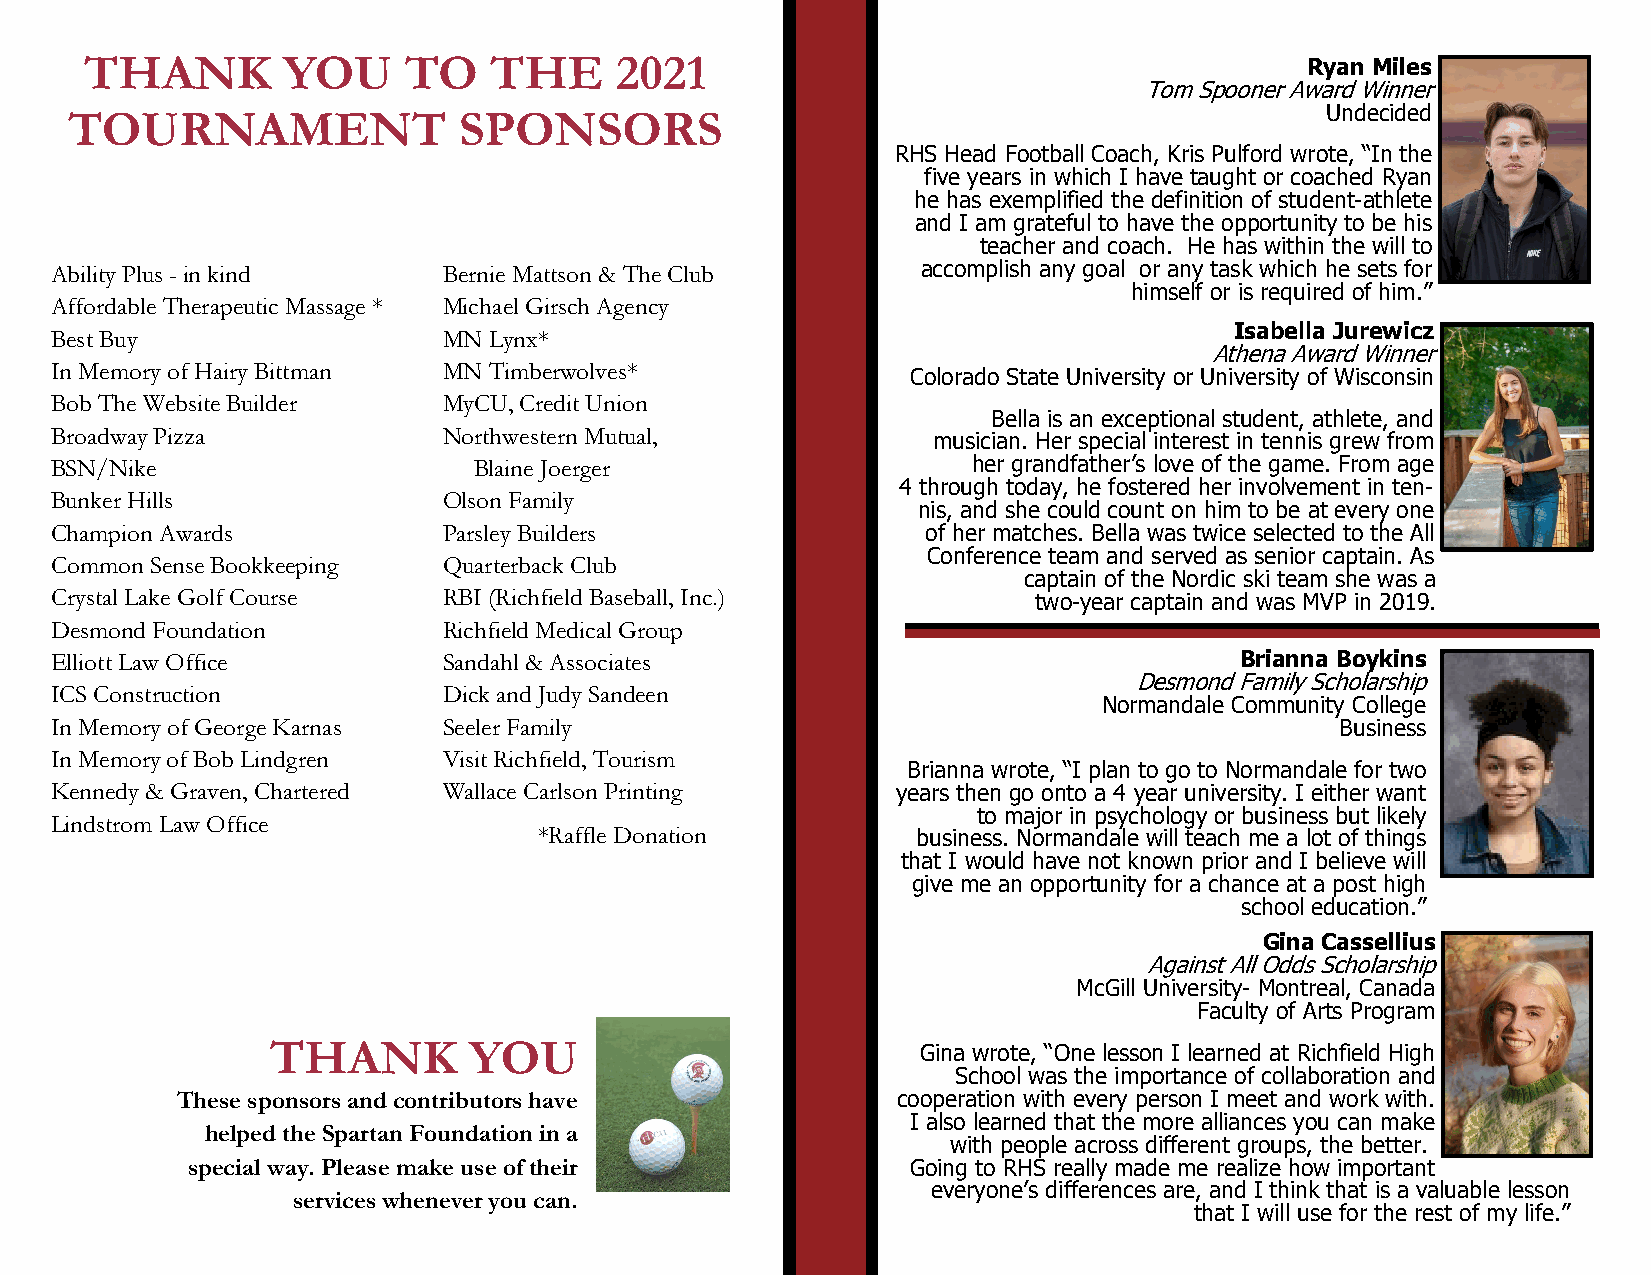
THANK        YOU     TO   THE      2021                                         Ryan Miles
 Tom Spooner Award Winner
 TOURNAMENT               SPONSORS                                                  Undecided
 RHS Head Football Coach, Kris Pulford wrote, “In the
 five years in which I have taught or coached Ryan
 he has exemplified the definition of student-athlete
 and I am grateful to have the opportunity to be his
 teacher and coach. He has within the will to
 Ability Plus - in kind    Bernie Mattson & The Club       accomplish any goal or any task which he sets for
 himself or is required of him.”
 Affordable Therapeutic Massage * Michael Girsch Agency
 Isabella Jurewicz
 Best Buy                  MN Lynx*
 Athena Award Winner
 In Memory of Hairy Bittman MN Timberwolves*              Colorado State University or University of Wisconsin
 Bob The Website Builder   MyCU, Credit Union
 Bella is an exceptional student, athlete, and
 Broadway Pizza            Northwestern Mutual,             musician. Her special interest in tennis grew from
 BSN/Nike                    Blaine Joerger                   her grandfather’s love of the game. From age
 4 through today, he fostered her involvement in ten-
 Bunker Hills              Olson Family
 nis, and she could count on him to be at every one
 Champion Awards           Parsley Builders                of her matches. Bella was twice selected to the All
 Conference team and served as senior captain. As
 Common Sense Bookkeeping  Quarterback Club
 captain of the Nordic ski team she was a
 Crystal Lake Golf Course  RBI (Richfield Baseball, Inc.)         two-year captain and was MVP in 2019.
 Desmond Foundation        Richfield Medical Group
 Elliott Law Office        Sandahl & Associates                                 Brianna Boykins
 Desmond Family Scholarship
 ICS Construction          Dick and Judy Sandeen
 Normandale Community College
 In Memory of George Karnas Seeler Family                                              Business
 In Memory of Bob Lindgren Visit Richfield, Tourism
 Brianna wrote, “I plan to go to Normandale for two
 Kennedy & Graven, Chartered Wallace Carlson Printing    years then go onto a 4 year university. I either want
 to major in psychology or business but likely
 Lindstrom Law Office
 *Raffle Donation         business. Normandale will teach me a lot of things
 that I would have not known prior and I believe will
 give me an opportunity for a chance at a post high
 school education.”
 Gina Cassellius
 Against All Odds Scholarship
 McGill University- Montreal, Canada
 Faculty of Arts Program
 THANK        YOU                           Gina wrote, “One lesson I learned at Richfield High
 School was the importance of collaboration and
 These sponsors and contributors have           cooperation with every person I meet and work with.
 I also learned that the more alliances you can make
 helped the Spartan Foundation in a
 with people across different groups, the better.
 special way. Please make use of their           Going to RHS really made me realize how important
 everyone’s differences are, and I think that is a valuable lesson
 services whenever you can.
 that I will use for the rest of my life.”